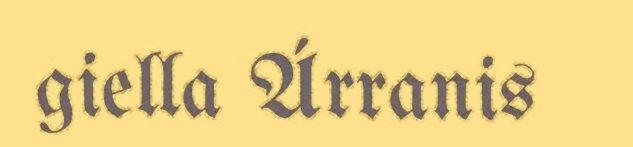
giella Árranis